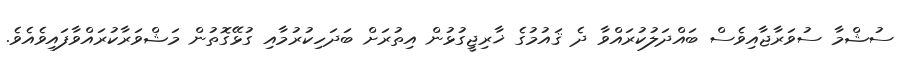
ސުޝްމާ ސުވަރާޖާއިވެސް ބައްދަލުކުރައްވާ ދެ ޤައުމުގެ ޚާރިޖީގުޅުން އިތުރަށް ބަދަހިކުރުމާއި ގުޅޭގޮތުން މަޝްވަރާކުރައްވާފައިވެއެވެ.